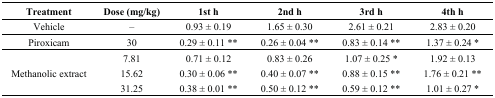
<table><thead><tr><td><b>Treatment</b></td><td><b>Dose (mg/kg)</b></td><td><b>1st h</b></td><td><b>2nd h</b></td><td><b>3rd h</b></td><td><b>4th h</b></td></tr></thead><tbody><tr><td>Vehicle</td><td>–</td><td>0.93 ± 0.19</td><td>1.65 ± 0.30</td><td>2.61 ± 0.21</td><td>2.83 ± 0.20</td></tr><tr><td>Piroxicam</td><td>30</td><td>0.29 ± 0.11 **</td><td>0.26 ± 0.04 **</td><td>0.83 ± 0.14 **</td><td>1.37 ± 0.24 *</td></tr><tr><td rowspan="3">Methanolic extract</td><td>7.81</td><td>0.71 ± 0.12</td><td>0.83 ± 0.26</td><td>1.07 ± 0.25 *</td><td>1.92 ± 0.13</td></tr><tr><td>15.62</td><td>0.30 ± 0.06 **</td><td>0.40 ± 0.07 **</td><td>0.88 ± 0.15 **</td><td>1.76 ± 0.21 **</td></tr><tr><td>31.25</td><td>0.38 ± 0.01 **</td><td>0.50 ± 0.12 **</td><td>0.59 ± 0.12 **</td><td>1.01 ± 0.27 *</td></tr></tbody></table>